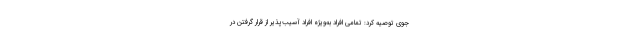
جوی توصیه کرد: تمامی افراد به‌ویژه افراد آسیب‌پذیر از قرار گرفتن در